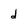
Character: d